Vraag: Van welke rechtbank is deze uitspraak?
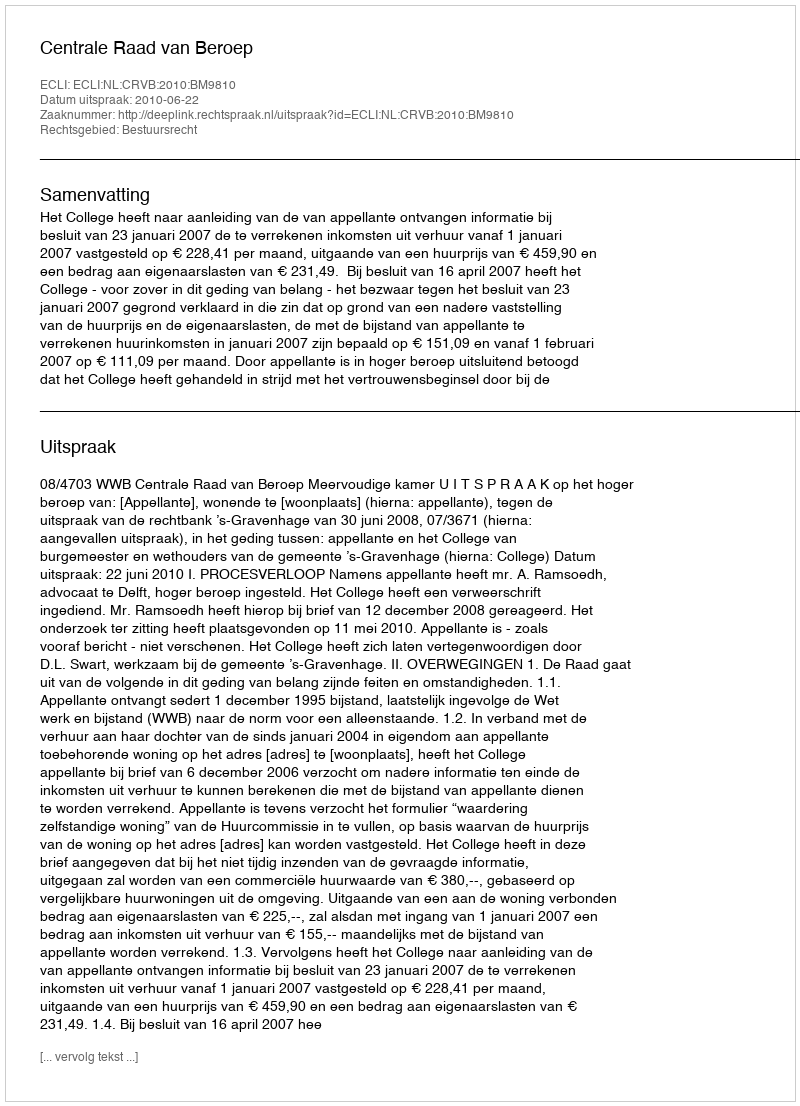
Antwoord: Centrale Raad van Beroep